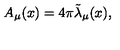
A _ { \mu } ( x ) = 4 \pi { \tilde { \lambda } } _ { \mu } ( x ) ,